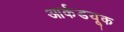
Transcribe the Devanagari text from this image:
आर्कडयूक